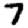
Digit: 7